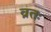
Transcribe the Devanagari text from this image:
व्रतः